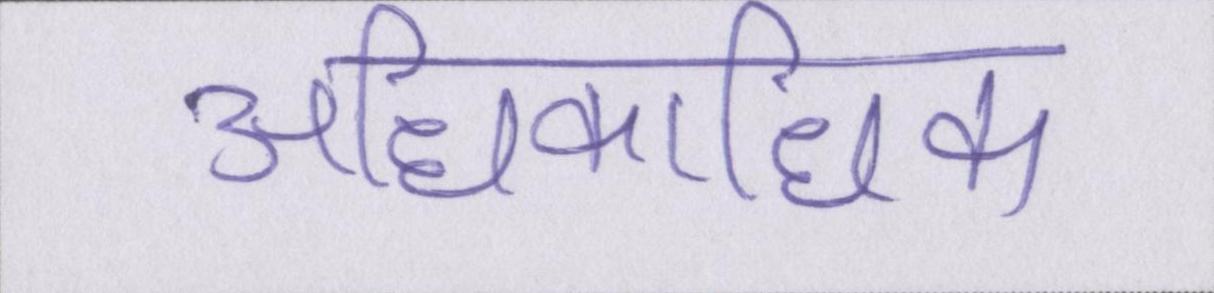
अधिकाधिक